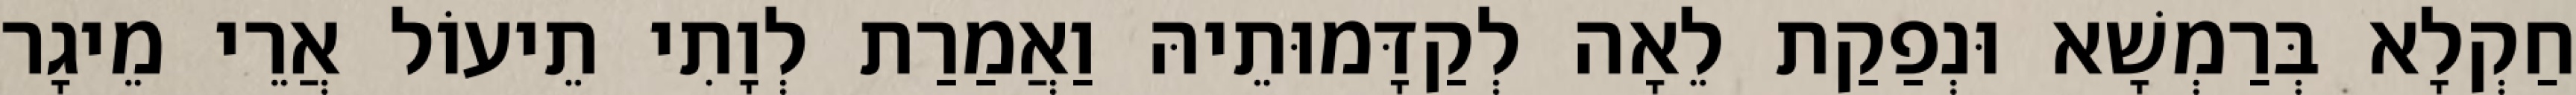
חַקְלָא בְּרַמְשָׁא וּנְפַקַת לֵאָה לְקַדָּמוּתֵיהּ וַאֲמַרַת לְוָתִי תֵיעוֹל אֲרֵי מֵיגָר